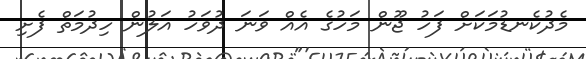
މެދުކެނޑުމަކަށް ފަހު ޖޫން މަހުގެ އެއް ވަނަ ދުވަހު އަލުން ހިދުމަތް ފެށި